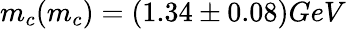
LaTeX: m_{c}(m_{c})=(1.34\pm 0.08)GeV